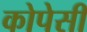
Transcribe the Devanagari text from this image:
कोपेसी